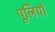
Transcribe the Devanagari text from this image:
पूलियाँ